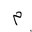
Letter: _mim